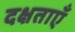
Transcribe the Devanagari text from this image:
दक्षताएँ